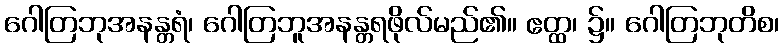
ဂေါတြဘုအနန္တရံ၊ ဂေါတြဘူအနန္တရဖိုလ်မည်၏။ ဧတ္ထ၊ ၌။ ဂေါတြဘုတိစ၊